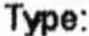
TYPE: